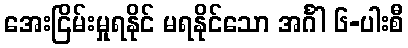
အေးငြိမ်းမှုရနိုင် မရနိုင်သော အင်္ဂါ ၆-ပါးစီ